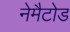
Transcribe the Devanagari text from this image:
नेमैटोड